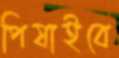
পিষাইবে